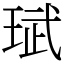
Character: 珷